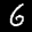
Label: 6